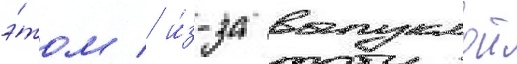
э́том / и́з-за выпуклои